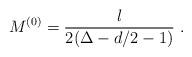
LaTeX: \begin{align*} M^{(0)} = \frac{l}{2(\Delta-d/2-1)}~.\end{align*}